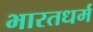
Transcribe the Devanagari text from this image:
भारतधर्म